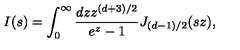
I ( s ) = \int _ { 0 } ^ { \infty } { \frac { d z z ^ { ( d + 3 ) / 2 } } { e ^ { z } - 1 } } J _ { ( d - 1 ) / 2 } ( s z ) ,